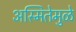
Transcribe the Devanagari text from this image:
अस्मितेमुळे